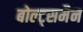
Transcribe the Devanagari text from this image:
बोल्ट्समैन